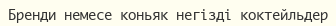
Бренди немесе коньяк негізді коктейльдер